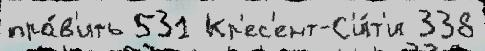
пра́в'ить 531 Кр'ес'ент-С'и́т'и 338